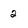
Character: 2